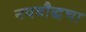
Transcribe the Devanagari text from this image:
नवबौद्धचा